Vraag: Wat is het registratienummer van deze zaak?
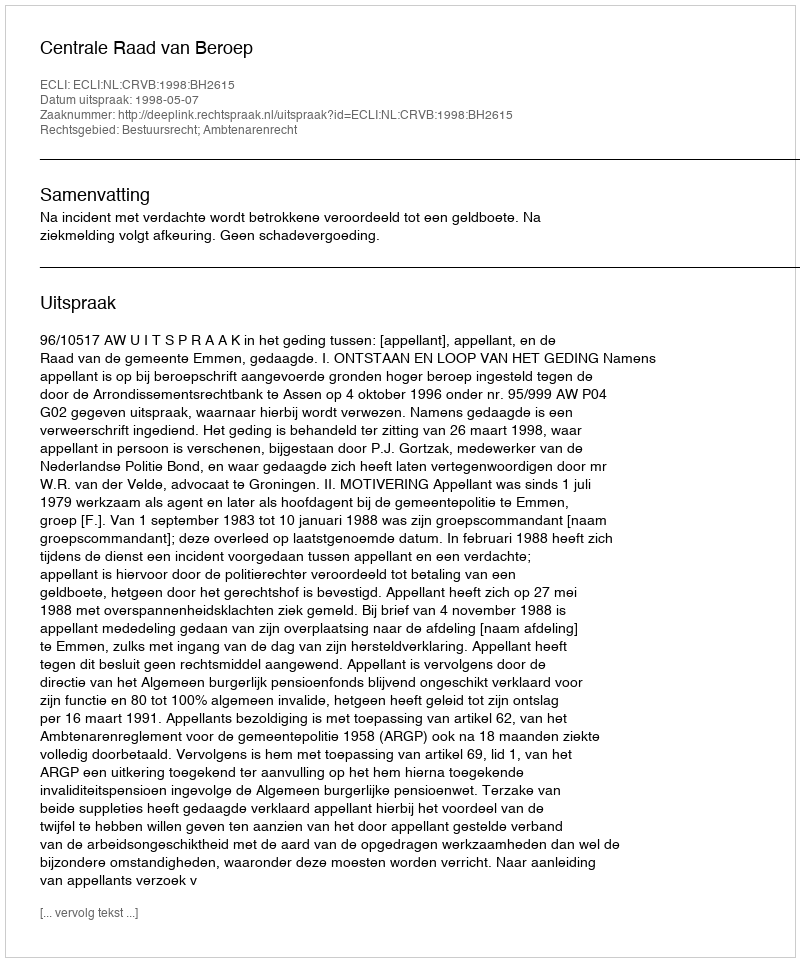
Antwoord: http://deeplink.rechtspraak.nl/uitspraak?id=ECLI:NL:CRVB:1998:BH2615